Lunatic asylums United Provinces 1909-1921 - 1909-1921
Year: 1909
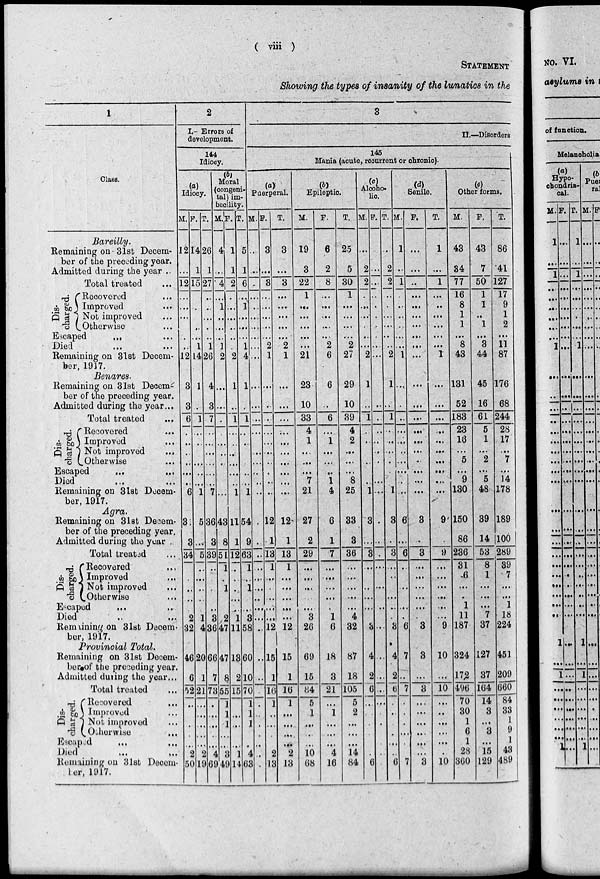
( viii )
STATEMENT
Showing the types of insanity of the lunatics in the
1
Class.
Bareilly.
Remaining on 31st Decem-
ber of the preceding year.
Admitted during the year...
Total treated ...
Dis-
charged.
Recovered ...
Improved ...
Not improved ...
Otherwise ...
Escaped ... ...
Died ... ...
Remaining on 31st Decem-
ber, 1917.
Benares.
Remaining on 31st Decem-
ber of the preceding year.
Admitted during the year...
Total treated
...
Dis-
charged.
Recovered ...
Improved ...
Not improved ...
Otherwise ...
Escaped ... ...
Died ... ...
Remaining on 31st Decem-
ber, 1917.
Agra.
Remaining on 31st Decem-
ber of the preceding year.
Admitted during the year ..
Total treated ...
Dis-
charged.
Recovered ...
Improved ...
Not improved ...
Otherwise ...
Escaped ... ...
Died ... ...
Remaining on 31st Decem-
ber, 1917.
Provincial Total.
Remaining on 31st Decem-
ber of the preceding year.
Admitted during the year...
Total treated ...
Dis-
charged.
Recovered ...
Improved ...
Not improved ...
Otherwise ...
Escaped ... ...
Died ... ...
Remaining on 31st Decem-
ber, 1917.
2
I.- Errors of
development.
144
Idiocy.
(a)
Idiocy.
M.
12
...
12
...
...
...
...
...
...
12
3
3
6
...
...
...
...
...
...
6
31
3
34
...
...
...
...
...
2
32
46
6
52
...
... ...
...
...
2
50
F.
14
1
15
...
...
...
...
...
1
14
1
...
1
...
...
...
...
..
...
1
5
...
5
...
...
...
...
...
1
4
20
1
21
...
...
...
...
...
2
19
T.
26
1
27
...
...
...
...
...
1
26
4
3
7
...
...
...
...
...
...
7
36
3
39
...
...
...
... ...
3
36
66
7
73
...
... ...
...
...
4
69
(b)
Moral
(congeni-
tal) im-
becility.
M.
4
...
4
...
1
...
...
...
1
2
...
...
...
...
...
...
...
...
...
...
43
8
51
1
...
1
...
...
2
47
47
8
55
1
1
1
...
...
3
49
F.
1
1
2
...
...
...
...
...
...
2
1
...
1
...
...
...
... ...
...
1
11
1
12
...
...
...
...
...
1
11
13
2
15
...
... ...
...
...
1
14
T.
5
1
6
...
1
...
...
...
1
4
1
...
1
...
...
...
... ...
...
1
54
9
63
1
...
1
... ...
3
58
60
10
70
1
1
1
...
...
4
63
3
II.–Disorders
145
Mania (acute, recurrent or chronic).
(a)
Puerperal.
M.
...
...
...
...
...
...
...
...
...
...
...
...
...
...
... ...
...
...
...
...
...
...
...
...
... ...
...
...
...
...
...
...
...
...
...
...
...
...
...
...
F.
3
...
3
...
...
...
...
...
2
1
...
...
...
...
...
...
...
...
...
...
12
1
13
1
...
...
...
...
...
12
15
1
16
1
...
...
...
...
2
13
T.
3
...
3
...
...
...
...
...
2
1
...
...
...
...
...
...
...
...
...
...
12
1
13
1
... ...
...
...
...
12
15
1
16
1
... ...
...
...
2
13
(b)
Epileptic
M.
19
3
22
1
...
...
...
...
...
21
23
10
33
4
1
...
...
...
7
21
27
2
29
...
... ...
... ...
3
26
69
15
84
5
1
...
...
...
10
68
F.
6
2
8
...
...
... ...
...
2
6
6
...
6
...
1
...
...
...
1
4
6
1
7
...
...
...
...
...
1
6
18
3
21
...
1
...
...
...
4
16
T.
25
5
30
1
...
...
...
...
2
27
29
10
39
4
2
...
...
...
8
25
33
3
36
...
...
...
...
...
4
32
87
18
105
5
2
...
...
...
14
84
(c)
Alcoho-
lic
M.
...
2
2
...
...
...
...
...
... 2
1
...
1
...
...
...
...
...
...
1
3
...
1
...
...
...
...
...
...
3
4
2
6
...
...
...
...
...
... 6
F.
...
...
...
...
...
...
...
...
...
...
...
...
...
...
...
...
...
...
...
...
...
...
...
...
... ...
...
...
... ...
...
...
...
...
...
...
...
...
...
...
T.
...
2
2
...
...
...
...
...
... 2
1
...
1
...
...
...
...
...
... 1
3
...
3
... ...
...
...
...
...
3
4
2
6
...
...
...
...
...
... 6
(d)
Senile.
M.
1
...
1
...
...
...
...
...
... 1
...
...
...
...
...
...
...
...
... ...
6
...
6
...
...
...
...
...
...
6
7
...
7
...
...
...
...
...
... 7
F.
...
...
...
...
...
...
...
...
...
...
...
...
...
...
...
...
...
...
...
...
3
...
3
...
...
...
...
...
...
3
3
...
3
...
...
...
... ...
...
3
T.
1
...
1
...
...
...
...
...
...
1
...
...
...
...
...
...
...
...
...
...
9
...
9
...
...
...
...
...
...
9
10
...
10
...
...
...
...
...
...
10
(e)
Other forms.
M.
43
34
77
16
8
1
1
...
8
43
131
52
183
23
16
...
5
...
9
130
150
86
286
31
6
...
...
1
11
187
324
172
496
70
30
1
6
1
28
360
F.
43
7
50
1
1
1
...
3
44
45
16
61
5
1
...
2
...
5
48
39
14
53
8
1
... ...
...
7
37
127
37
164
14
3
...
3
...
15
129
T.
86
41
127
17
9
1
2
...
11
87
176
68
244
28
17
...
7
...
14
178
189
100
289
39
7
...
...
1
18
224
451
209
660
84
33
1
9
1
43
489